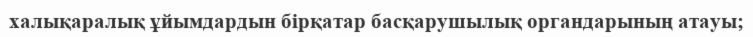
халықаралық ұйымдардын бірқатар басқарушылық органдарының атауы;